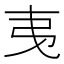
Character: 𢎯